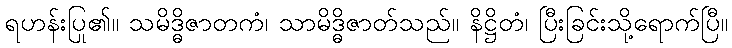
ရဟန်းပြု၏။ သမိဒ္ဓိဇာတကံ၊ သာမိဒ္ဓိဇာတ်သည်။ နိဋ္ဌိတံ၊ ပြီးခြင်းသို့ရောက်ပြီ။